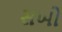
સખો